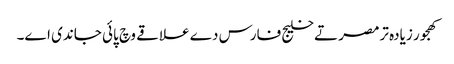
کھجور زیادہ ترمصر تے خلیج فارس دے علاقے وچ پائی جاندی ا‏‏ے۔